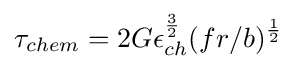
\tau _{chem}=2G\epsilon _{ch}^{\frac {3}{2}}(fr/b)^{\frac {1}{2}}